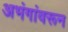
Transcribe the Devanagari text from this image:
अभंगांवरून